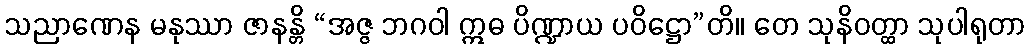
သညာဏေန မနုဿာ ဇာနန္တိ “အဇ္ဇ ဘဂဝါ ဣဓ ပိဏ္ဍာယ ပဝိဋ္ဌော”တိ။ တေ သုနိဝတ္ထာ သုပါရုတာ